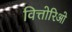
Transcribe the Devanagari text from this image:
वित्तोरिओ